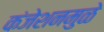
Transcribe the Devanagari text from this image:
कंजेशनमुळे